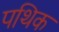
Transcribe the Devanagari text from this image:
पथिक